Senior Leaving Certificate Examination (including Day School Certificate (Higher) General paper), 1948
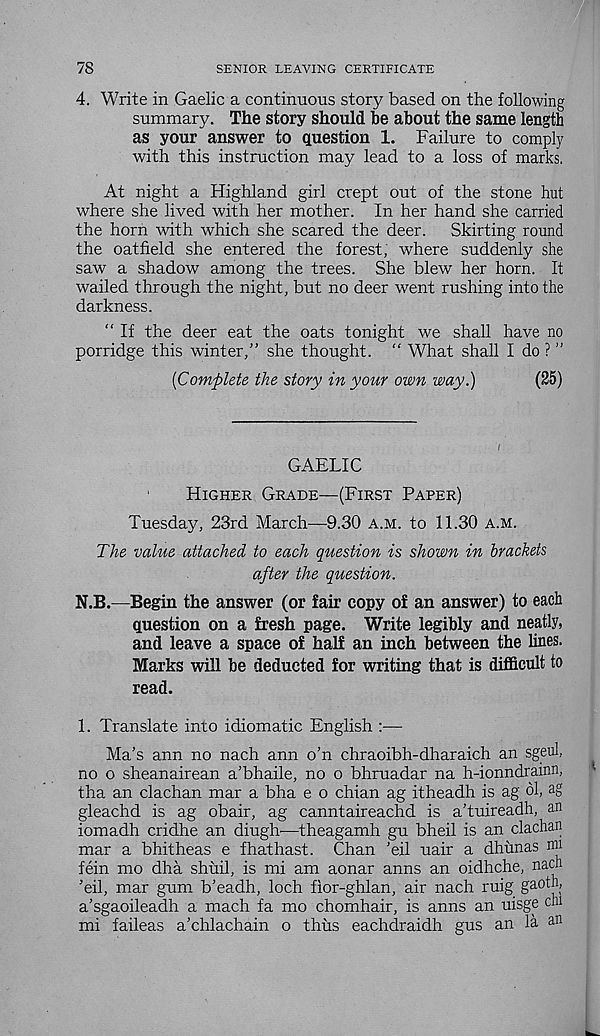
78
SENIOR LEAVING CERTIFICATE
4. Write in Gaelic a continuous story based on the following
summary. The story should he about the same length
as your answer to question 1. Failure to comply
with this instruction may lead to a loss of marks.
At night a Highland girl crept out of the stone hut
where she lived with her mother. In her hand she carried
the horn with which she scared the deer.
Skirting round
the oatfield she entered the forest, where suddenly she
saw a shadow among the trees. She blew her horn. It
wailed through the night, but no deer went rushing into the
darkness.
“ If the deer eat the oats tonight we shall have no
porridge this winter,” she thought. “ What shall I do ? ”
[Complete the story in your own way.)
(25)
GAELIC
1
Higher Grade—(First Paper)
Tuesday, 23rd March—9.30 a.m. to 11.30 A.M.
The value attached to each question is shown in brackets
after the question.
N.B.—Begin the answer (or fair copy of an answer) to each
question on a fresh page. Write legibly and neatly,
and leave a space of half an inch between the lines.
Marks will be deducted for writing that is difficult to
read.
1. Translate into idiomatic English :—
Ma’s ann no nach ann o’n chraoibh-dharaich an sgeul,
no o sheanairean a’bhaile, no o bhruadar na h-ionndrainn,
tha an clachan mar a bha e o chian ag itheadh is ag dl, ag
gleachd is ag obair, ag canntaireachd is a'tuireadh, an
iomadh cridhe an diugh—theagamh gu bheil is an clachan
mar a bhitheas e fhathast. Chan ’eil uair a dhunas nai
fein mo dha shuil, is mi am aonar anns an oidhche, nach
Til, mar gum b’eadh, loch fior-ghlan, air nach ruig gaoth,
a’sgaoileadh a mach fa mo chomhair, is anns an uisge cm
mi faileas a’chlachain o thus eachdraidh gus an la an